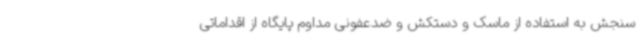
سنجش به استفاده از ماسک و دستکش و ضدعفونی مداوم پایگاه‌ از اقداماتی